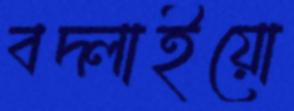
বদ্‌লাইয়ো